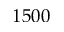
1 5 0 0